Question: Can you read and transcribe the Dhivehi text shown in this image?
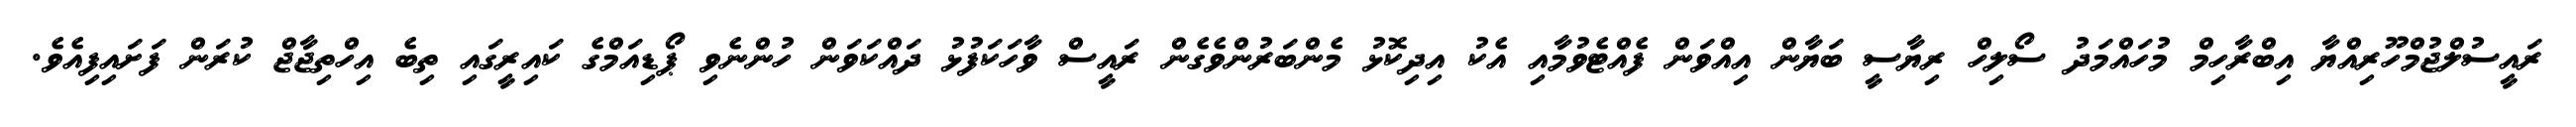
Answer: ރައީސުލްޖުމްހޫރިއްޔާ އިބްރާހިމް މުހައްމަދު ސޯލިހް ރިޔާސީ ބަޔާން އިއްވަން ފެއްޓެވުމާއި އެކު އިދިކޮޅު މެންބަރުންވެގެން ރައީސް ވާހަކަފުޅު ދައްކަވަން ހުންނެވި ޕޯޑިއަމްގެ ކައިރީގައި ތިބެ އިހްތިޖާޖް ކުރަން ފަށައިފިއެވެ.